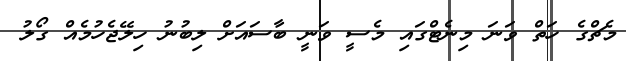
މެޗްގެ ހަތް ވަނަ މިނެޓްގައި މެސީ ވަނީ ބާސައަށް ލިބުނު ހިލޭޖެހުމެއް ގޯލު